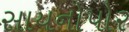
સાયનોપોર